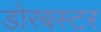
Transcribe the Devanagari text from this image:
डोरबस्टर